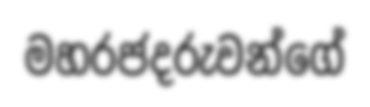
මහරජදරුවන්ගේ